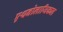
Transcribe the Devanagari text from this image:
एथनोलाजिकल